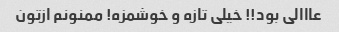
عااالی بود!! خیلی تازه و خوشمزه! ممنونم ازتون